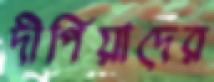
দীপিয়াদের